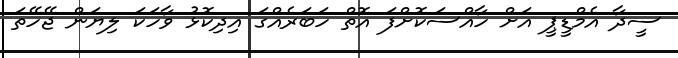
ސީދާ އެމްޑީޕީ އަށް ހާއްސަކޮށްފަ އޮތް ހަބަރެއްގަ އިދިކޮޅު ވާހަކަ ލިޔަން ޖޭހޭތަ